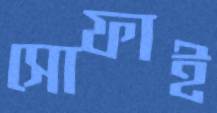
সোফাই